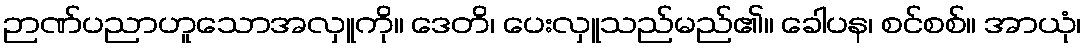
ဉာဏ်ပညာဟူသောအလှူကို။ ဒေတိ၊ ပေးလှူသည်မည်၏။ ခေါပန၊ စင်စစ်။ အာယုံ၊